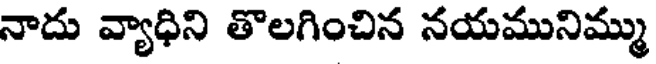
నాదు వ్యాధిని తొలగించిన నయమునిమ్ము